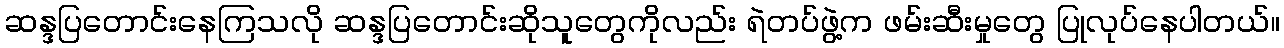
ဆန္ဒပြတောင်းနေကြသလို ဆန္ဒပြတောင်းဆိုသူတွေကိုလည်း ရဲတပ်ဖွဲ့က ဖမ်းဆီးမှုတွေ ပြုလုပ်နေပါတယ်။